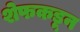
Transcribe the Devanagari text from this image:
शेफकडून